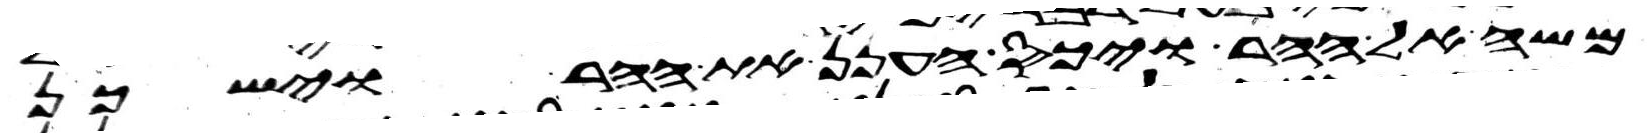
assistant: משה אל ההר ויכס הענן את ההר וישכן